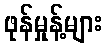
ဖုန်မှုန့်များ